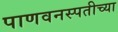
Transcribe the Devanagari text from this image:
पाणवनस्पतीच्या